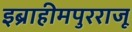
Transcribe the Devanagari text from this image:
इब्राहीमपुरराजू